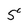
Character: 5